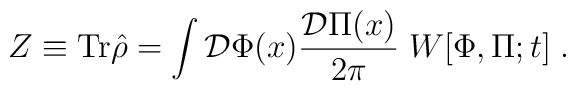
Z \equiv {\rm Tr}\hat{\rho}= \int {\cal D}\Phi(x) {{\cal D}\Pi(x) \over 2\pi} \; W[\Phi,\Pi;t] \;.